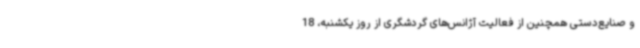
و صنایع‌دستی همچنین از فعالیت آژانس‌های گردشگری از روز یکشنبه، 18